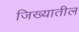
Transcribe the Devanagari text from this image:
जिख्यातील